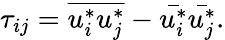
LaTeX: \tau_{ij}=\overline{{u_{i}^{*}u_{j}^{*}}}-\bar{u_{i}^{*}}\bar{u_{j}^{*}}.